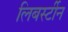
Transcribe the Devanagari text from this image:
लिबर्स्टीन